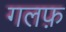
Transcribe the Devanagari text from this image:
गलफ़